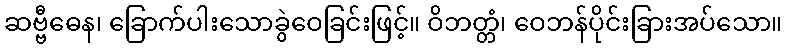
ဆဗ္ဗီဓေန၊ ခြောက်ပါးသောခွဲဝေခြင်းဖြင့်။ ဝိဘတ္တံ၊ ဝေဘန်ပိုင်းခြားအပ်သော။